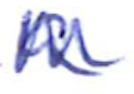
Text: a
Cross-out: zig-zag
Writing tool: ballpoint